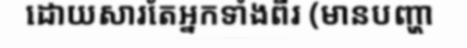
ដោយសារតែអ្នកទាំងពីរ (មានបញ្ហា